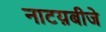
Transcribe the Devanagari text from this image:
नाटय़बीजे